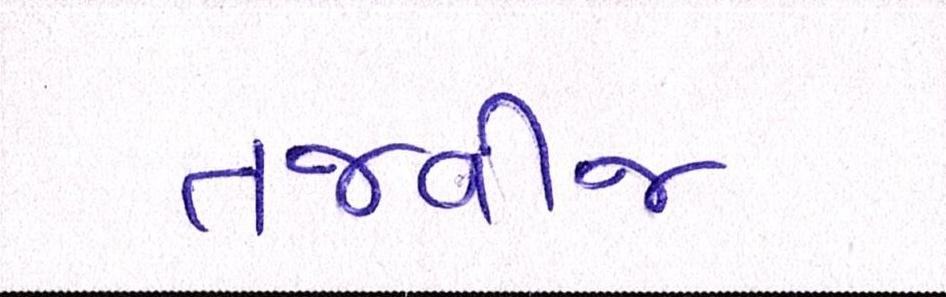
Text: તજવીજ